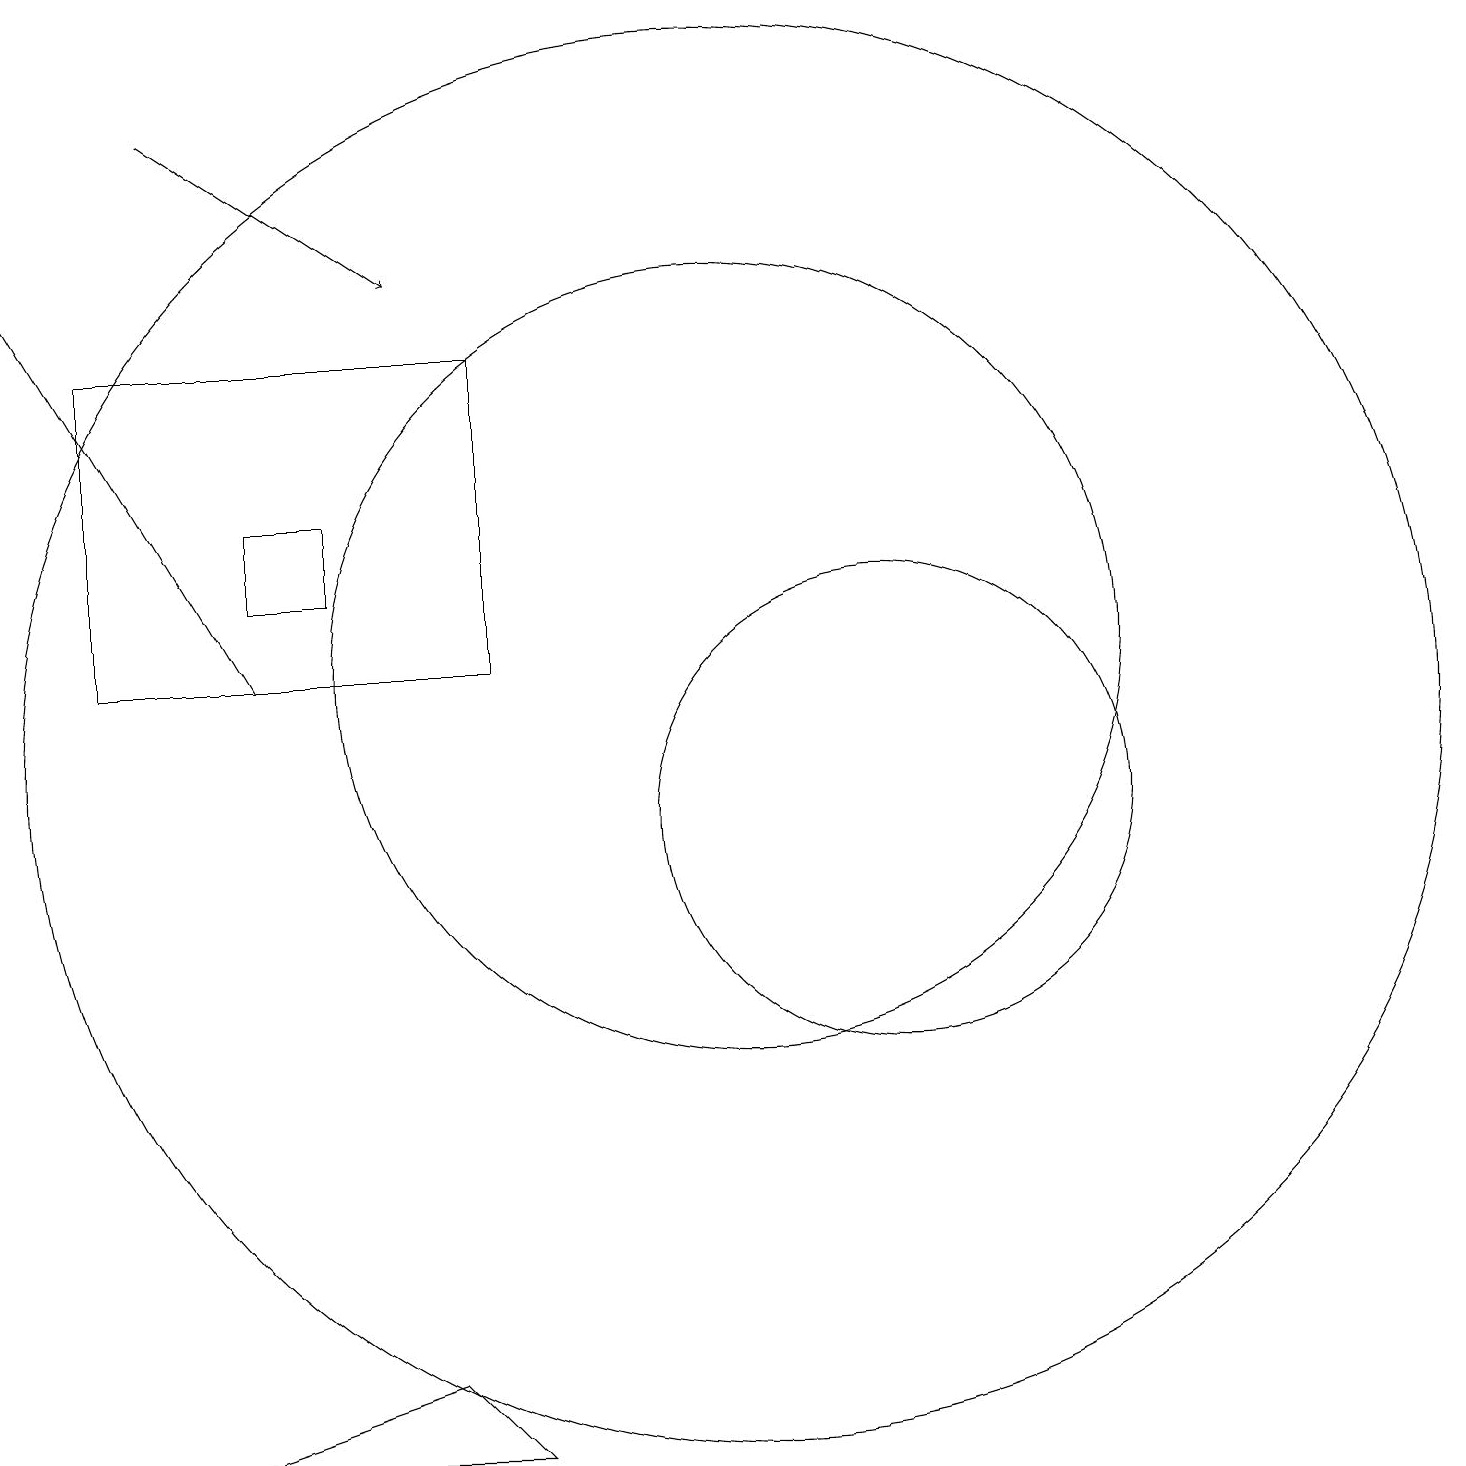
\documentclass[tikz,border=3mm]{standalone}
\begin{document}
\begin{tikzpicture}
\draw (12,10) circle (3);
\draw (6,3) -- (3,2) -- (7,2) -- cycle;
\draw[->] (4,12) -- (1,17);
\draw (2,12) rectangle (7,16);
\draw (10,12) circle (5);
\draw[->] (3,19) -- (6,17);
\draw (4,13) rectangle (5,14);
\draw (10,11) circle (9);
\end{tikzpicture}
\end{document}